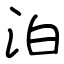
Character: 泊